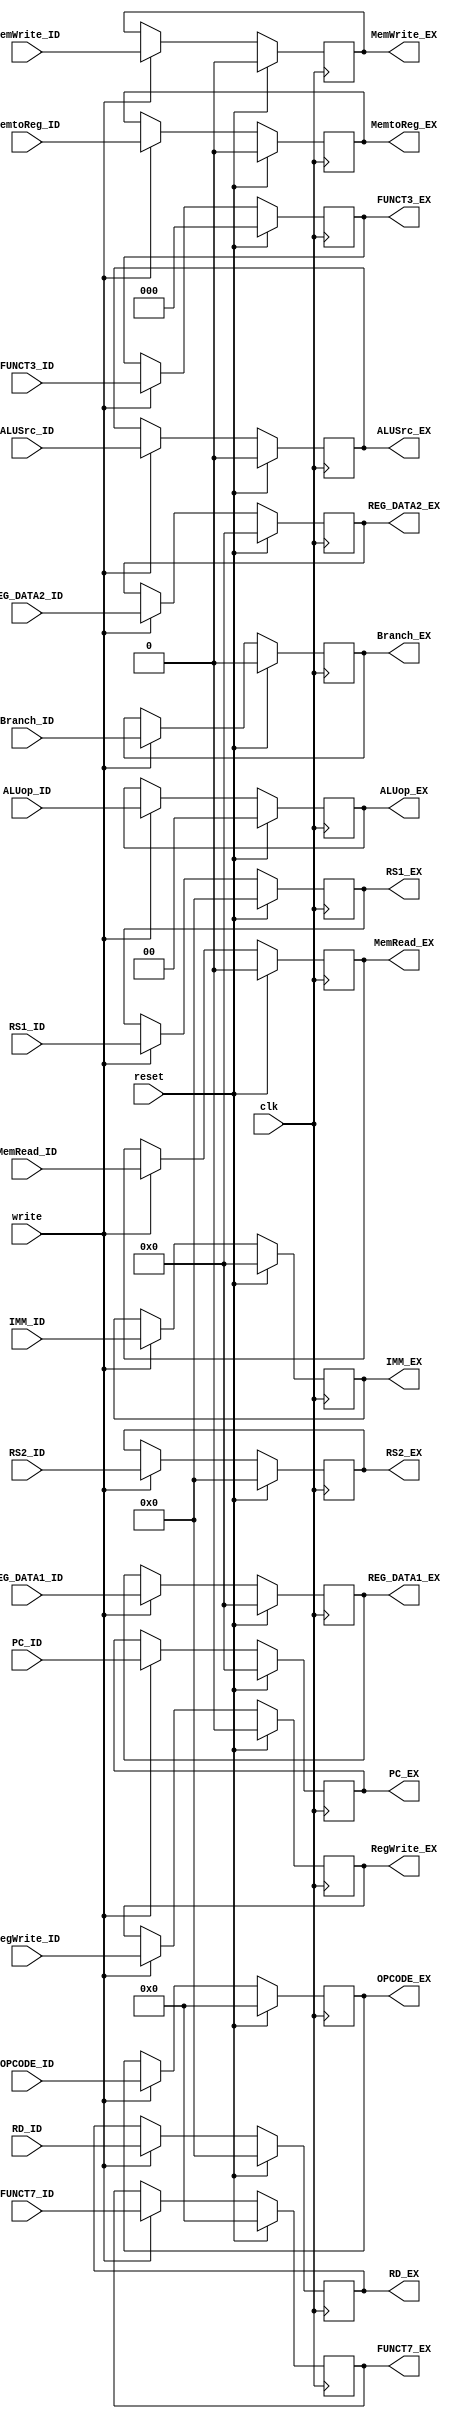
`timescale 1ns / 1ps
//////////////////////////////////////////////////////////////////////////////////
// Company: 
// Engineer: 
// 
// Design Name: 
// Module Name: ID_EX_reg
// Project Name: 
// Target Devices: 
// Tool Versions: 
// Description: 
// 
// Dependencies: 
// 
// Revision:
// Revision 0.01 - File Created
// Additional Comments:
// 
//////////////////////////////////////////////////////////////////////////////////


module ID_EX_reg(input clk,
                 input reset,
                 input write,
                 input [31:0] IMM_ID,
                 input [31:0] REG_DATA1_ID,
                 input [31:0] REG_DATA2_ID,
                 input [31:0] PC_ID,
                 input [2:0] FUNCT3_ID,
                 input [6:0] FUNCT7_ID,
                 input [6:0] OPCODE_ID,
                 input [4:0] RD_ID,
                 input [4:0] RS1_ID,
                 input [4:0] RS2_ID,
                 
                 // control
                  input RegWrite_ID,
                  input MemtoReg_ID,
                  input MemRead_ID,
                  input MemWrite_ID,
                  input [1:0] ALUop_ID,
                  input ALUSrc_ID,
                  input Branch_ID,
                  
                  // 
                  output reg [31:0] IMM_EX,
                  output reg [31:0] REG_DATA1_EX,
                  output reg [31:0] REG_DATA2_EX,
                  output reg [31:0] PC_EX,
                  output reg [2:0] FUNCT3_EX,
                  output reg [6:0] FUNCT7_EX,
                  output reg [6:0] OPCODE_EX,
                  output reg [4:0] RD_EX,
                  output reg [4:0] RS1_EX,
                  output reg [4:0] RS2_EX,
                 
                 // control
                  output reg RegWrite_EX,
                  output reg MemtoReg_EX,
                  output reg MemRead_EX,
                  output reg MemWrite_EX,
                  output reg [1:0] ALUop_EX,
                  output reg ALUSrc_EX,
                  output reg Branch_EX);
                   
     always@(posedge clk) begin
        if (reset) begin 
             IMM_EX <= 32'b0;
             REG_DATA1_EX <= 0;
             REG_DATA2_EX <= 0;
             PC_EX <= 32'b0;
             FUNCT3_EX <= 0;
             FUNCT7_EX <= 0;
             OPCODE_EX <= 0;
             RD_EX <= 0;
             RS1_EX <= 0;
             RS2_EX <= 0;
             
             // control
             RegWrite_EX <= 0;
             MemtoReg_EX <= 0;
             MemRead_EX <= 0;
             MemWrite_EX <= 0;
             ALUop_EX <= 0;
             ALUSrc_EX <= 0;
             Branch_EX <= 0;

        end 
        else begin 
           if (write)
           begin 
             IMM_EX <= IMM_ID;
             REG_DATA1_EX <= REG_DATA1_ID;
             REG_DATA2_EX <= REG_DATA2_ID;
             PC_EX <= PC_ID;
             FUNCT3_EX <= FUNCT3_ID;
             FUNCT7_EX <= FUNCT7_ID;
             OPCODE_EX <= OPCODE_ID;
             RD_EX <= RD_ID;
             RS1_EX <= RS1_ID;
             RS2_EX <= RS2_ID;
             
             // control
             RegWrite_EX <= RegWrite_ID;
             MemtoReg_EX <= MemtoReg_ID;
             MemRead_EX <= MemRead_ID;
             MemWrite_EX <= MemWrite_ID;
             ALUop_EX <= ALUop_ID;
             ALUSrc_EX <= ALUSrc_ID;
             Branch_EX <= Branch_ID;

           end
        end 
     end
endmodule